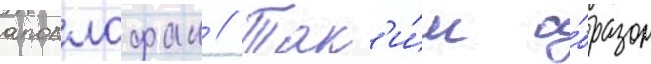
аполлофан // Так'и́м о́бразом